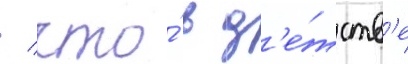
/ что́ в д'е́тств'е